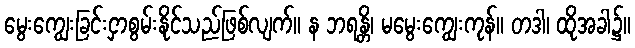
မွေးကျွေးခြင်းငှာစွမ်းနိုင်သည်ဖြစ်လျက်။ န ဘရန္တိ၊ မမွေးကျွေးကုန်။ တဒါ၊ ထိုအခါ၌။